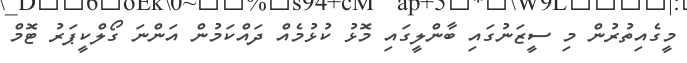
މީގެއިތުރުން މި ސީޒަނުގައި ބާންލީގައި މޮޅު ކުޅުމެއް ދައްކަމުން އަންނަ ގޯލްކީޕަރު ޓޮމް